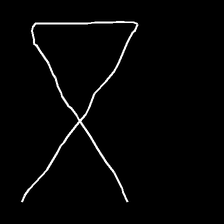
Glyph: collection